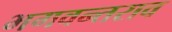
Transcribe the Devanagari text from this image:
भगवन्तराव